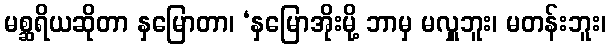
မစ္ဆရိယဆိုတာ နှမြောတာ၊ ‘နှမြောအိုးမို့ ဘာမှ မလှူဘူး၊ မတန်းဘူး၊